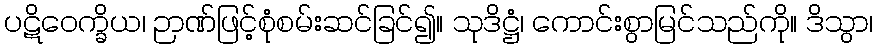
ပဋိဝေက္ခိယ၊ ဉာဏ်ဖြင့်စုံစမ်းဆင်ခြင်၍။ သုဒိဋ္ဌံ၊ ကောင်းစွာမြင်သည်ကို။ ဒိသွာ၊